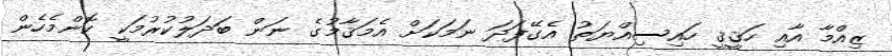
ޒިއްމާ އާއި ހަޤީޤީ ހައިސިއްޔަތު އެގޭފަދަ ނަމަކަށް އެމަޤާމުގެ ނަން ބަދަލުކުރުމަކީ ކޮންމެހެން